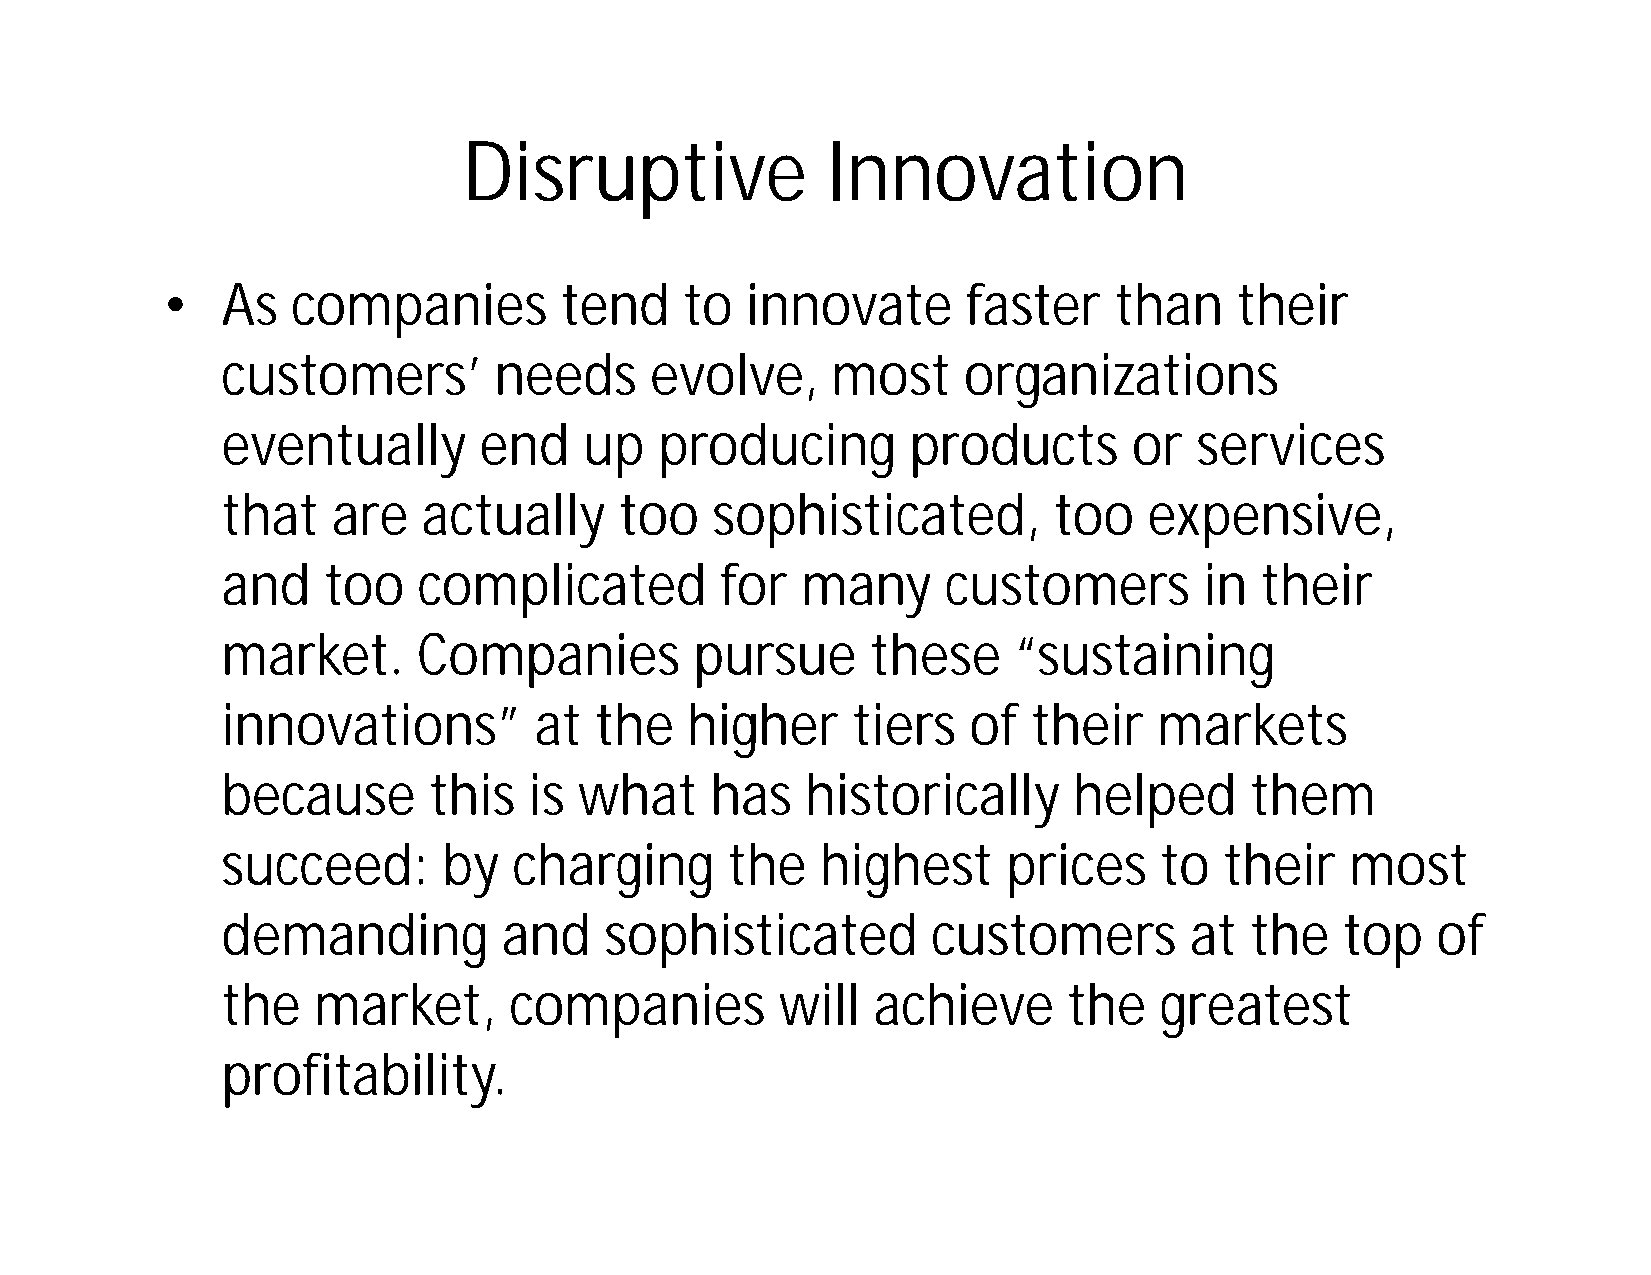
Disruptive              Innovation
 •   As  companies         tend    to  innovate       faster    than    their
 customers’        needs     evolve,     most     organizations
 eventually       end    up   producing       products       or  services
 that   are   actually     too   sophisticated,         too   expensive,
 and   too    complicated         for  many      customers        in their
 market.      Companies         pursue      these    “sustaining
 innovations”        at  the   higher     tiers   of  their    markets
 because      this   is what     has   historically      helped      them
 succeed:      by   charging      the   highest      prices    to  their   most
 demanding         and    sophisticated         customers        at  the   top   of
 the   market,      companies         will  achieve      the   greatest
 profitability.